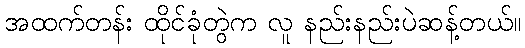
အထက်တန်း ထိုင်ခုံတွဲက လူ နည်းနည်းပဲဆန့်တယ်။